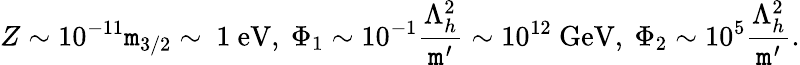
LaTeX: Z\sim10^{-11}\mathtt{m}_{3/2}\sim\ 1\ \mathrm{{eV}},\ \Phi_{1}\sim10^{-1}\frac{{\Lambda_{h}^{2}}}{{\mathtt{m}^{\prime}}}\sim10^{12}\ \mathrm{{GeV}},\ \Phi_{2}\sim10^{5}\frac{{\Lambda_{h}^{2}}}{{\mathtt{m}^{\prime}}}.